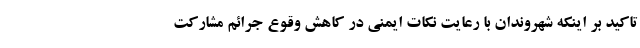
تاکید بر اینکه شهروندان با رعایت نکات ایمنی در کاهش وقوع جرائم مشارکت